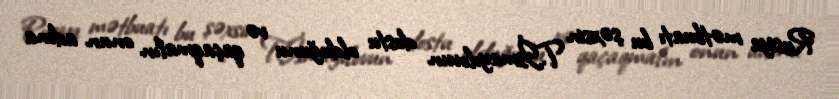
Rusiya mətbuatı bu şəxsin T.İsmayılovun dostu olduğunu və qaçaqmalın onun adına